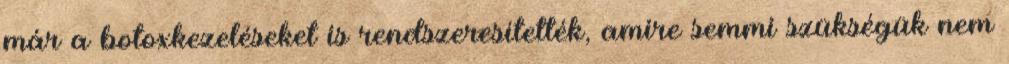
már a botoxkezeléseket is rendszeresítették, amire semmi szükségük nem